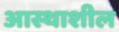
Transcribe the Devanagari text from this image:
आस्थाशील